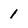
Character: 1